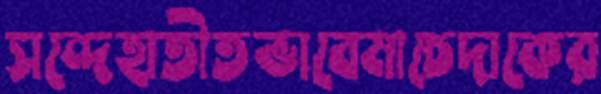
সন্দেহাতীতভাবেমাচেদাকের